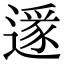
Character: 𨖡